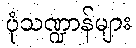
ပုံသဏ္ဍာန်များ